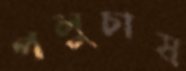
পলুচাষ